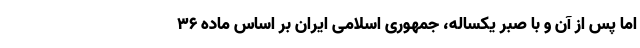
اما پس از آن و با صبر یکساله، جمهوری اسلامی ایران بر اساس ماده ۳۶